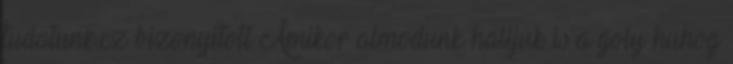
tudatunk,ez bizonyitott Amikor almodunk halljuk is a goly huhog